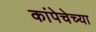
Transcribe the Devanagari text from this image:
कांपेचेच्या